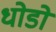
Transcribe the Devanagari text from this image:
धोडो